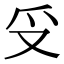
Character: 𠬪